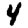
Digit: 4